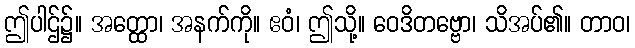
ဤပါဌ်၌။ အတ္ထော၊ အနက်ကို။ ဧဝံ၊ ဤသို့။ ဝေဒိတဗ္ဗော၊ သိအပ်၏။ တာဝ၊